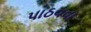
પાઠવવા